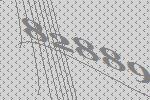
82889